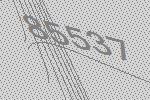
85537